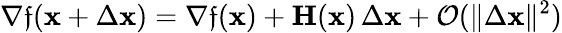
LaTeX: \nabla\mathfrak{f}(\mathbf{{x}}+\Delta\mathbf{{x}})=\nabla\mathfrak{f}(\mathbf{{x}})+\mathbf{{H}}(\mathbf{{x}})\, \Delta\mathbf{{x}}+{\mathcal{{O}}}(\| \Delta\mathbf{{x}}\| ^{2})